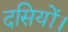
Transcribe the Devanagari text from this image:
दसियों।